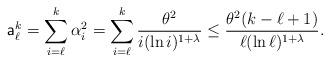
LaTeX: \begin{align*}\mathsf{a}_\ell^k=\sum_{i=\ell}^{k}\alpha_i^2 =\sum_{i=\ell}^k\frac{\theta^2}{i(\ln i)^{1+\lambda}}\le \frac{\theta^2(k-\ell+1)}{\ell(\ln\ell)^{1+\lambda}}.\end{align*}